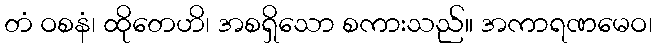
တံ ဝစနံ၊ ထိုတေဟိ၊ အစရှိသော စကားသည်။ အကာရဏမေဝ၊